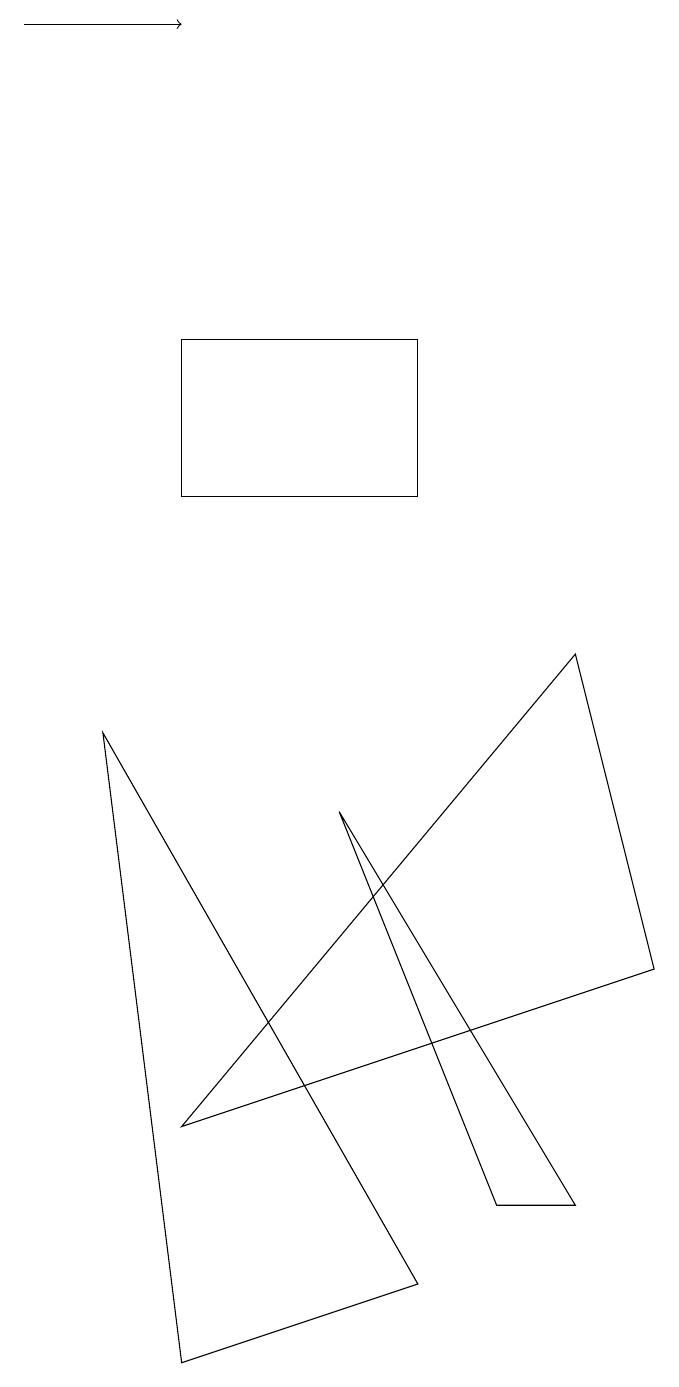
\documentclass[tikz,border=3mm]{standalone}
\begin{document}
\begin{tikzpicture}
\draw (3,0) -- (2,8) -- (6,1) -- cycle;
\draw (8,2) -- (7,2) -- (5,7) -- cycle;
\draw (8,9) -- (3,3) -- (9,5) -- cycle;
\draw (6,11) rectangle (3,13);
\draw[->] (1,17) -- (3,17);
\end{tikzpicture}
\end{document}